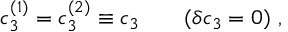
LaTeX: c _ { 3 } ^ { ( 1 ) } = c _ { 3 } ^ { ( 2 ) } \equiv c _ { 3 } \qquad ( \delta c _ { 3 } = 0 ) \ ,